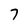
Character: 7